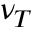
\nu _ { T }